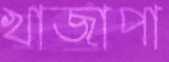
খাজাপা